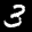
Label: 3